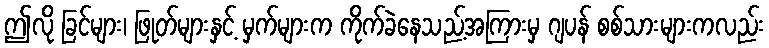
ဤလို ခြင်များ၊ ဖြုတ်များနှင့် မှက်များက ကိုက်ခဲနေသည့်အကြားမှ ဂျပန် စစ်သားများကလည်း